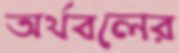
অর্থবলের